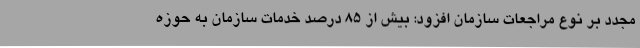
مجدد بر نوع مراجعات سازمان افزود: بیش از ۸۵ درصد خدمات سازمان به حوزه